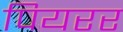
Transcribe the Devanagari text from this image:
पियरर